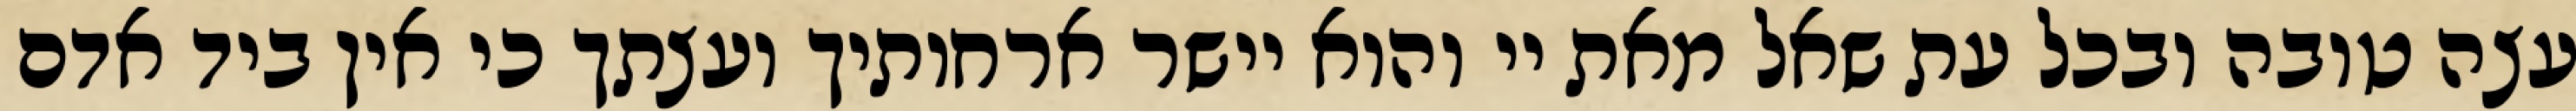
עצה טובה ובכל עת שאל מאת יי והוא יישר ארחותיך ועצתך כי אין ביד אדם